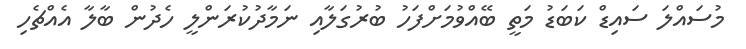
މުސައްލަ ސައިޑް ކަބަޑު މަތީ ބޭއްވުމަށްފަހު ބުރުގަލާއި ނަމާދުކުރަންލީ ހެދުން ބާލާ އެއްޗެހި